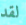
لقد